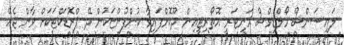
ލައިސަންސް މޯލްޑިވްސް މަނިޓަރީ އޮތޯރިޓީއިން ދޫކޮށްފައިވާ ކުންފުންޏަކުން ދޭ ޕްރޮޑަކްޓަކަށް ވާން ޖެހޭ